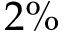
2 \%